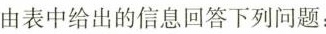
由表中给出的信息回答下列问题：